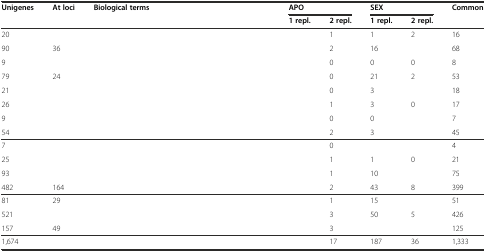
<table><thead><tr><td><b>Unigenes</b></td><td><b>At loci</b></td><td><b>Biological terms</b></td><td colspan="2"><b>APO</b></td><td colspan="2"><b>SEX</b></td><td><b>Common</b></td></tr><tr><td>[EMPTY_CELL]</td><td>[EMPTY_CELL]</td><td>[EMPTY_CELL]</td><td><b>1 repl.</b></td><td><b>2 repl.</b></td><td><b>1 repl.</b></td><td><b>2 repl.</b></td><td>[EMPTY_CELL]</td></tr></thead><tbody><tr><td>20</td><td>[EMPTY_CELL]</td><td>[EMPTY_CELL]</td><td>[EMPTY_CELL]</td><td>1</td><td>1</td><td>2</td><td>16</td></tr><tr><td>90</td><td>36</td><td>[EMPTY_CELL]</td><td>[EMPTY_CELL]</td><td>2</td><td>16</td><td>[EMPTY_CELL]</td><td>68</td></tr><tr><td>9</td><td>[EMPTY_CELL]</td><td>[EMPTY_CELL]</td><td>[EMPTY_CELL]</td><td>0</td><td>0</td><td>0</td><td>8</td></tr><tr><td>79</td><td>24</td><td>[EMPTY_CELL]</td><td>[EMPTY_CELL]</td><td>0</td><td>21</td><td>2</td><td>53</td></tr><tr><td>21</td><td>[EMPTY_CELL]</td><td>[EMPTY_CELL]</td><td>[EMPTY_CELL]</td><td>0</td><td>3</td><td>[EMPTY_CELL]</td><td>18</td></tr><tr><td>26</td><td>[EMPTY_CELL]</td><td>[EMPTY_CELL]</td><td>[EMPTY_CELL]</td><td>1</td><td>3</td><td>0</td><td>17</td></tr><tr><td>9</td><td>[EMPTY_CELL]</td><td>[EMPTY_CELL]</td><td>[EMPTY_CELL]</td><td>0</td><td>0</td><td>[EMPTY_CELL]</td><td>7</td></tr><tr><td>54</td><td>[EMPTY_CELL]</td><td>[EMPTY_CELL]</td><td>[EMPTY_CELL]</td><td>2</td><td>3</td><td>[EMPTY_CELL]</td><td>45</td></tr><tr><td>7</td><td>[EMPTY_CELL]</td><td>[EMPTY_CELL]</td><td>[EMPTY_CELL]</td><td>0</td><td>[EMPTY_CELL]</td><td>[EMPTY_CELL]</td><td>4</td></tr><tr><td>25</td><td>[EMPTY_CELL]</td><td>[EMPTY_CELL]</td><td>[EMPTY_CELL]</td><td>1</td><td>1</td><td>0</td><td>21</td></tr><tr><td>93</td><td>[EMPTY_CELL]</td><td>[EMPTY_CELL]</td><td>[EMPTY_CELL]</td><td>1</td><td>10</td><td>[EMPTY_CELL]</td><td>75</td></tr><tr><td>482</td><td>164</td><td>[EMPTY_CELL]</td><td>[EMPTY_CELL]</td><td>2</td><td>43</td><td>8</td><td>399</td></tr><tr><td>81</td><td>29</td><td>[EMPTY_CELL]</td><td>[EMPTY_CELL]</td><td>1</td><td>15</td><td>[EMPTY_CELL]</td><td>51</td></tr><tr><td>521</td><td>[EMPTY_CELL]</td><td>[EMPTY_CELL]</td><td>[EMPTY_CELL]</td><td>3</td><td>50</td><td>5</td><td>426</td></tr><tr><td>157</td><td>49</td><td>[EMPTY_CELL]</td><td>[EMPTY_CELL]</td><td>3</td><td>[EMPTY_CELL]</td><td>[EMPTY_CELL]</td><td>125</td></tr><tr><td>1,674</td><td>[EMPTY_CELL]</td><td>[EMPTY_CELL]</td><td>[EMPTY_CELL]</td><td>17</td><td>187</td><td>36</td><td>1,333</td></tr></tbody></table>